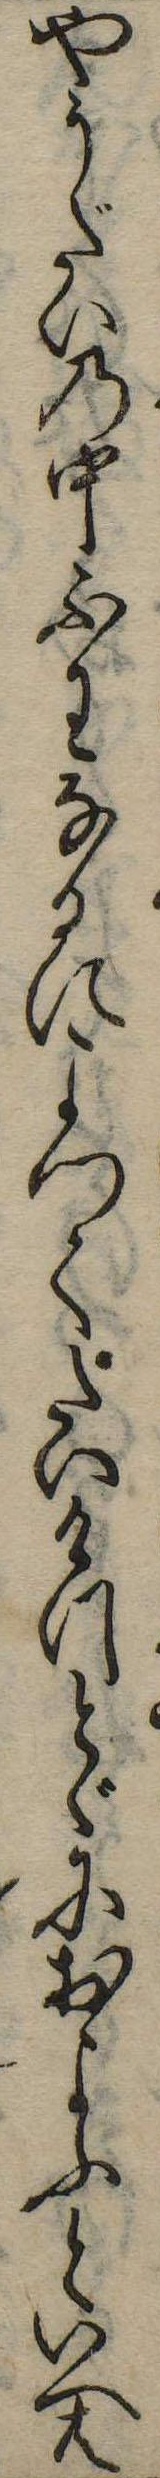
やうだいの中ふわなるによつてたいけつとゞにおよふといへ共